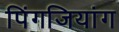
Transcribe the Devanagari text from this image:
पिंगजियांग